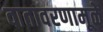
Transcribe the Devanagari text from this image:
वातावरणामूळे